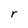
Character: r